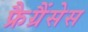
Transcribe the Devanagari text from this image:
फ्रैग्रैंसेस